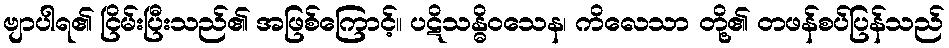
ဗျာပါရ၏ ငြိမ်းပြီးသည်၏ အဖြစ်ကြောင့်။ ပဋိသန္ဓိဝသေန၊ ကိလေသာ တို့၏ တဖန်စပ်ပြန်သည်